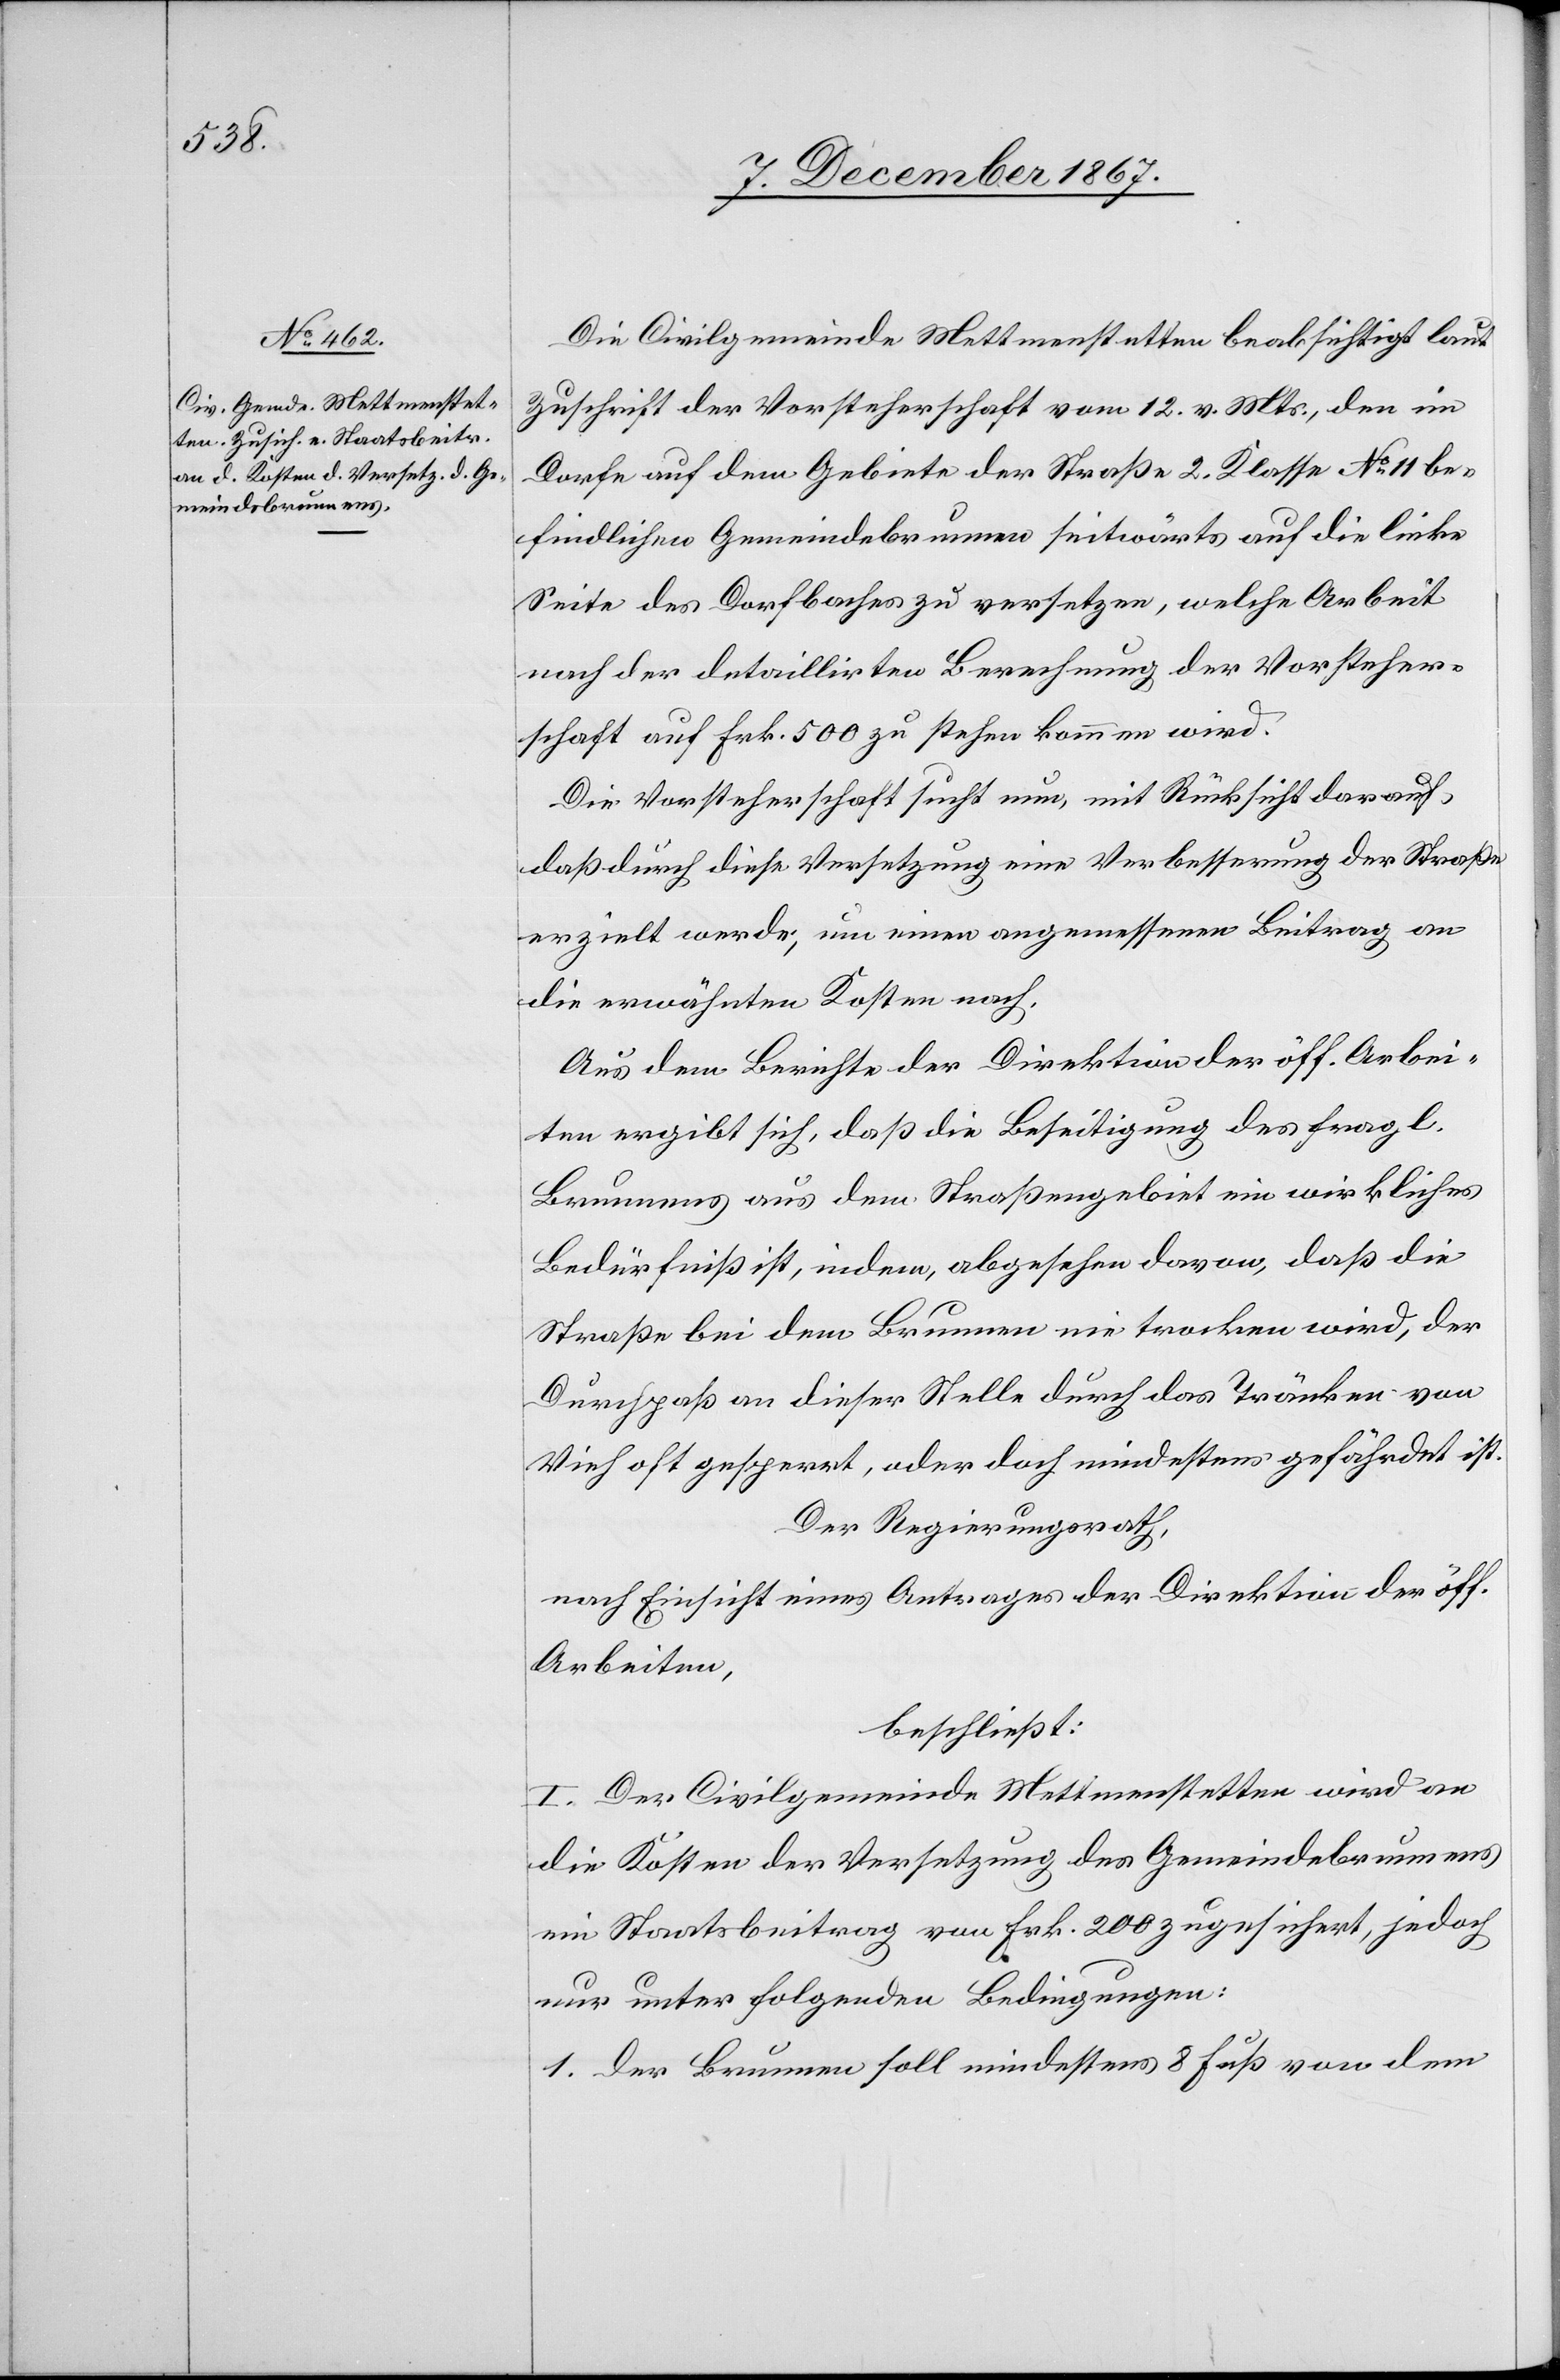
Die Civilgemeinde Mettmenstatten beabsichtigt laut
Zuschrift der Vorsteherschaft vom 12. v. Mts., den im
Dorfe auf dem Gebiete der Straße 2. Klasse No. 11 be¬
findlichen Gemeindebrunnen seitwärts auf die linke
Seite des Dorfbaches zu versetzen, welche Arbeit
nach der detaillirten Berechnung der Vorsteher¬
schaft auf Frk. 500 zu stehen kommen wird.
Die Vorsteherschaft sucht nun, mit Rücksicht darauf,
daß durch diese Versetzung eine Verbesserung der Straße
erzielt werde, um einen angemessenen Beitrag an
die erwähnten Kosten nach.
Aus dem Berichte der Direktion der öff. Arbei¬
ten ergibt sich, daß die Beseitigung des fragl.
Brunnens aus dem Straßengebiet ein wirkliches
Bedürfniß ist, indem, abgesehen davon, daß die
Straße bei dem Brunnen nie trocken wird, der
Durchpaß an dieser Stelle durch das Tränken von
Vieh oft gesperrt, oder doch mindestens gefährdet ist.
Der Regierungsrath,
nach Einsicht eines Antrages der Direktion der öff.
Arbeiten,
beschließt:
I. Der Civilgemeinde Mettmenstetten wird an
die Kosten der Versetzung des Gemeindebrunnens
ein Staatsbeitrag von Frk. 200 zugesichert, jedoch
nur unter folgenden Bedingungen:
1. der Brunnen soll mindestens 8 Fuß von dem